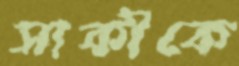
সাকীকে